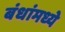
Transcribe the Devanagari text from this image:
बंधांमध्ये